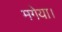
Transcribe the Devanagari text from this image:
मगेया।